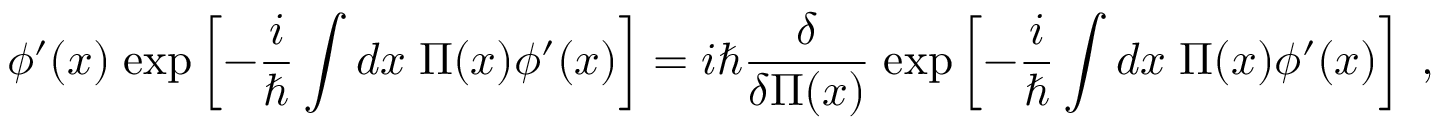
\phi ^ { \prime } ( x ) \; \mathrm { e x p } \left[ - { \frac { i } { \hbar } } \int d x \; \Pi ( x ) \phi ^ { \prime } ( x ) \right] = i \hbar { \frac { \delta } { \delta \Pi ( x ) } } \; \mathrm { e x p } \left[ - { \frac { i } { \hbar } } \int d x \; \Pi ( x ) \phi ^ { \prime } ( x ) \right] \; ,